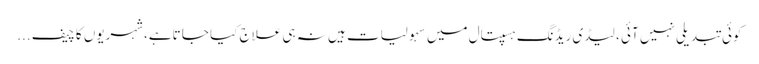
کوئی تبدیلی نہیں آئی ، لیڈی ریڈنگ ہسپتال میں سہولیات ہیں نہ ہی علاج کیا جا تاہے،شہریوں کا چیف ...